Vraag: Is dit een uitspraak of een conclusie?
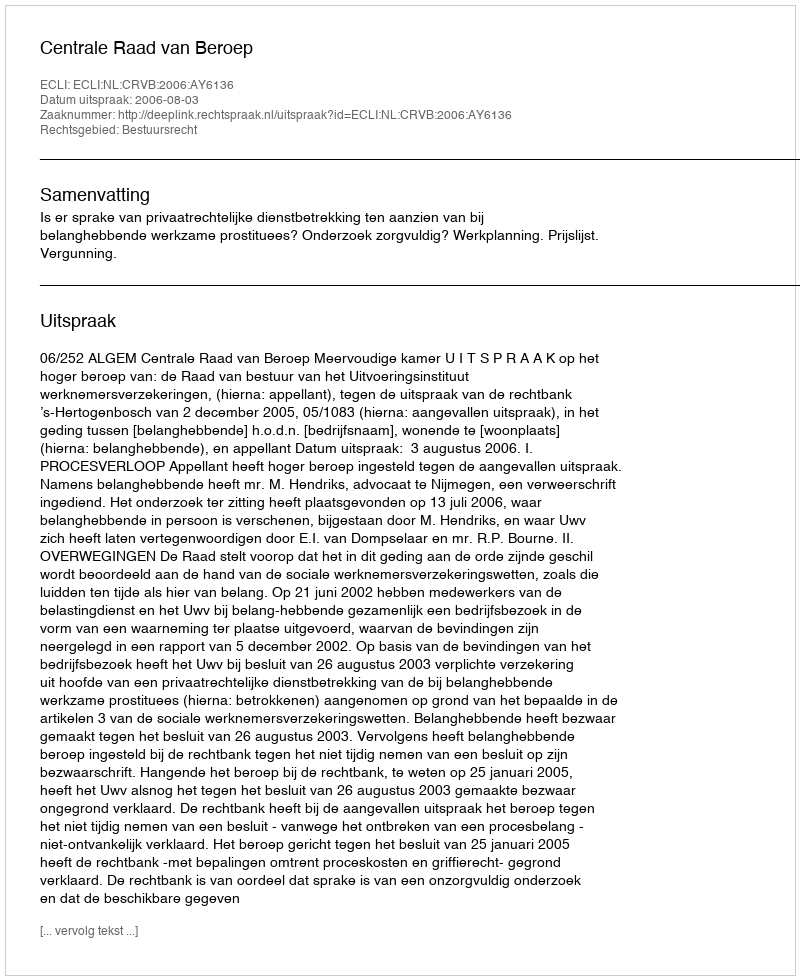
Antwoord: Uitspraak